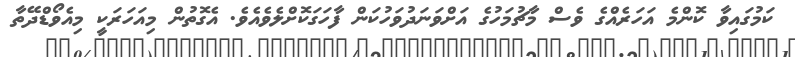
ކަމުގައިވާ ކޮންމެ އަހަރެއްގެ ވެސް މާޗުމަހުގެ އަށްވަނަދުވަހުކަން ފާހަގަކޮށްލެވެއެވެ. އެގޮތުން މިއަހަރަކީ މިއެވޯޑްދޭތާ